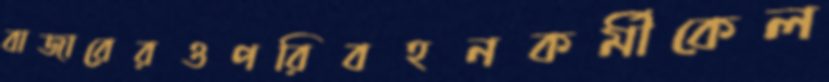
বাজারেরওপরিবহনকর্মীকেল